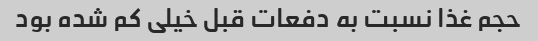
حجم غذا نسبت به دفعات قبل خیلی کم شده بود